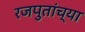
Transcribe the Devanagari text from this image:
रजपुतांच्या